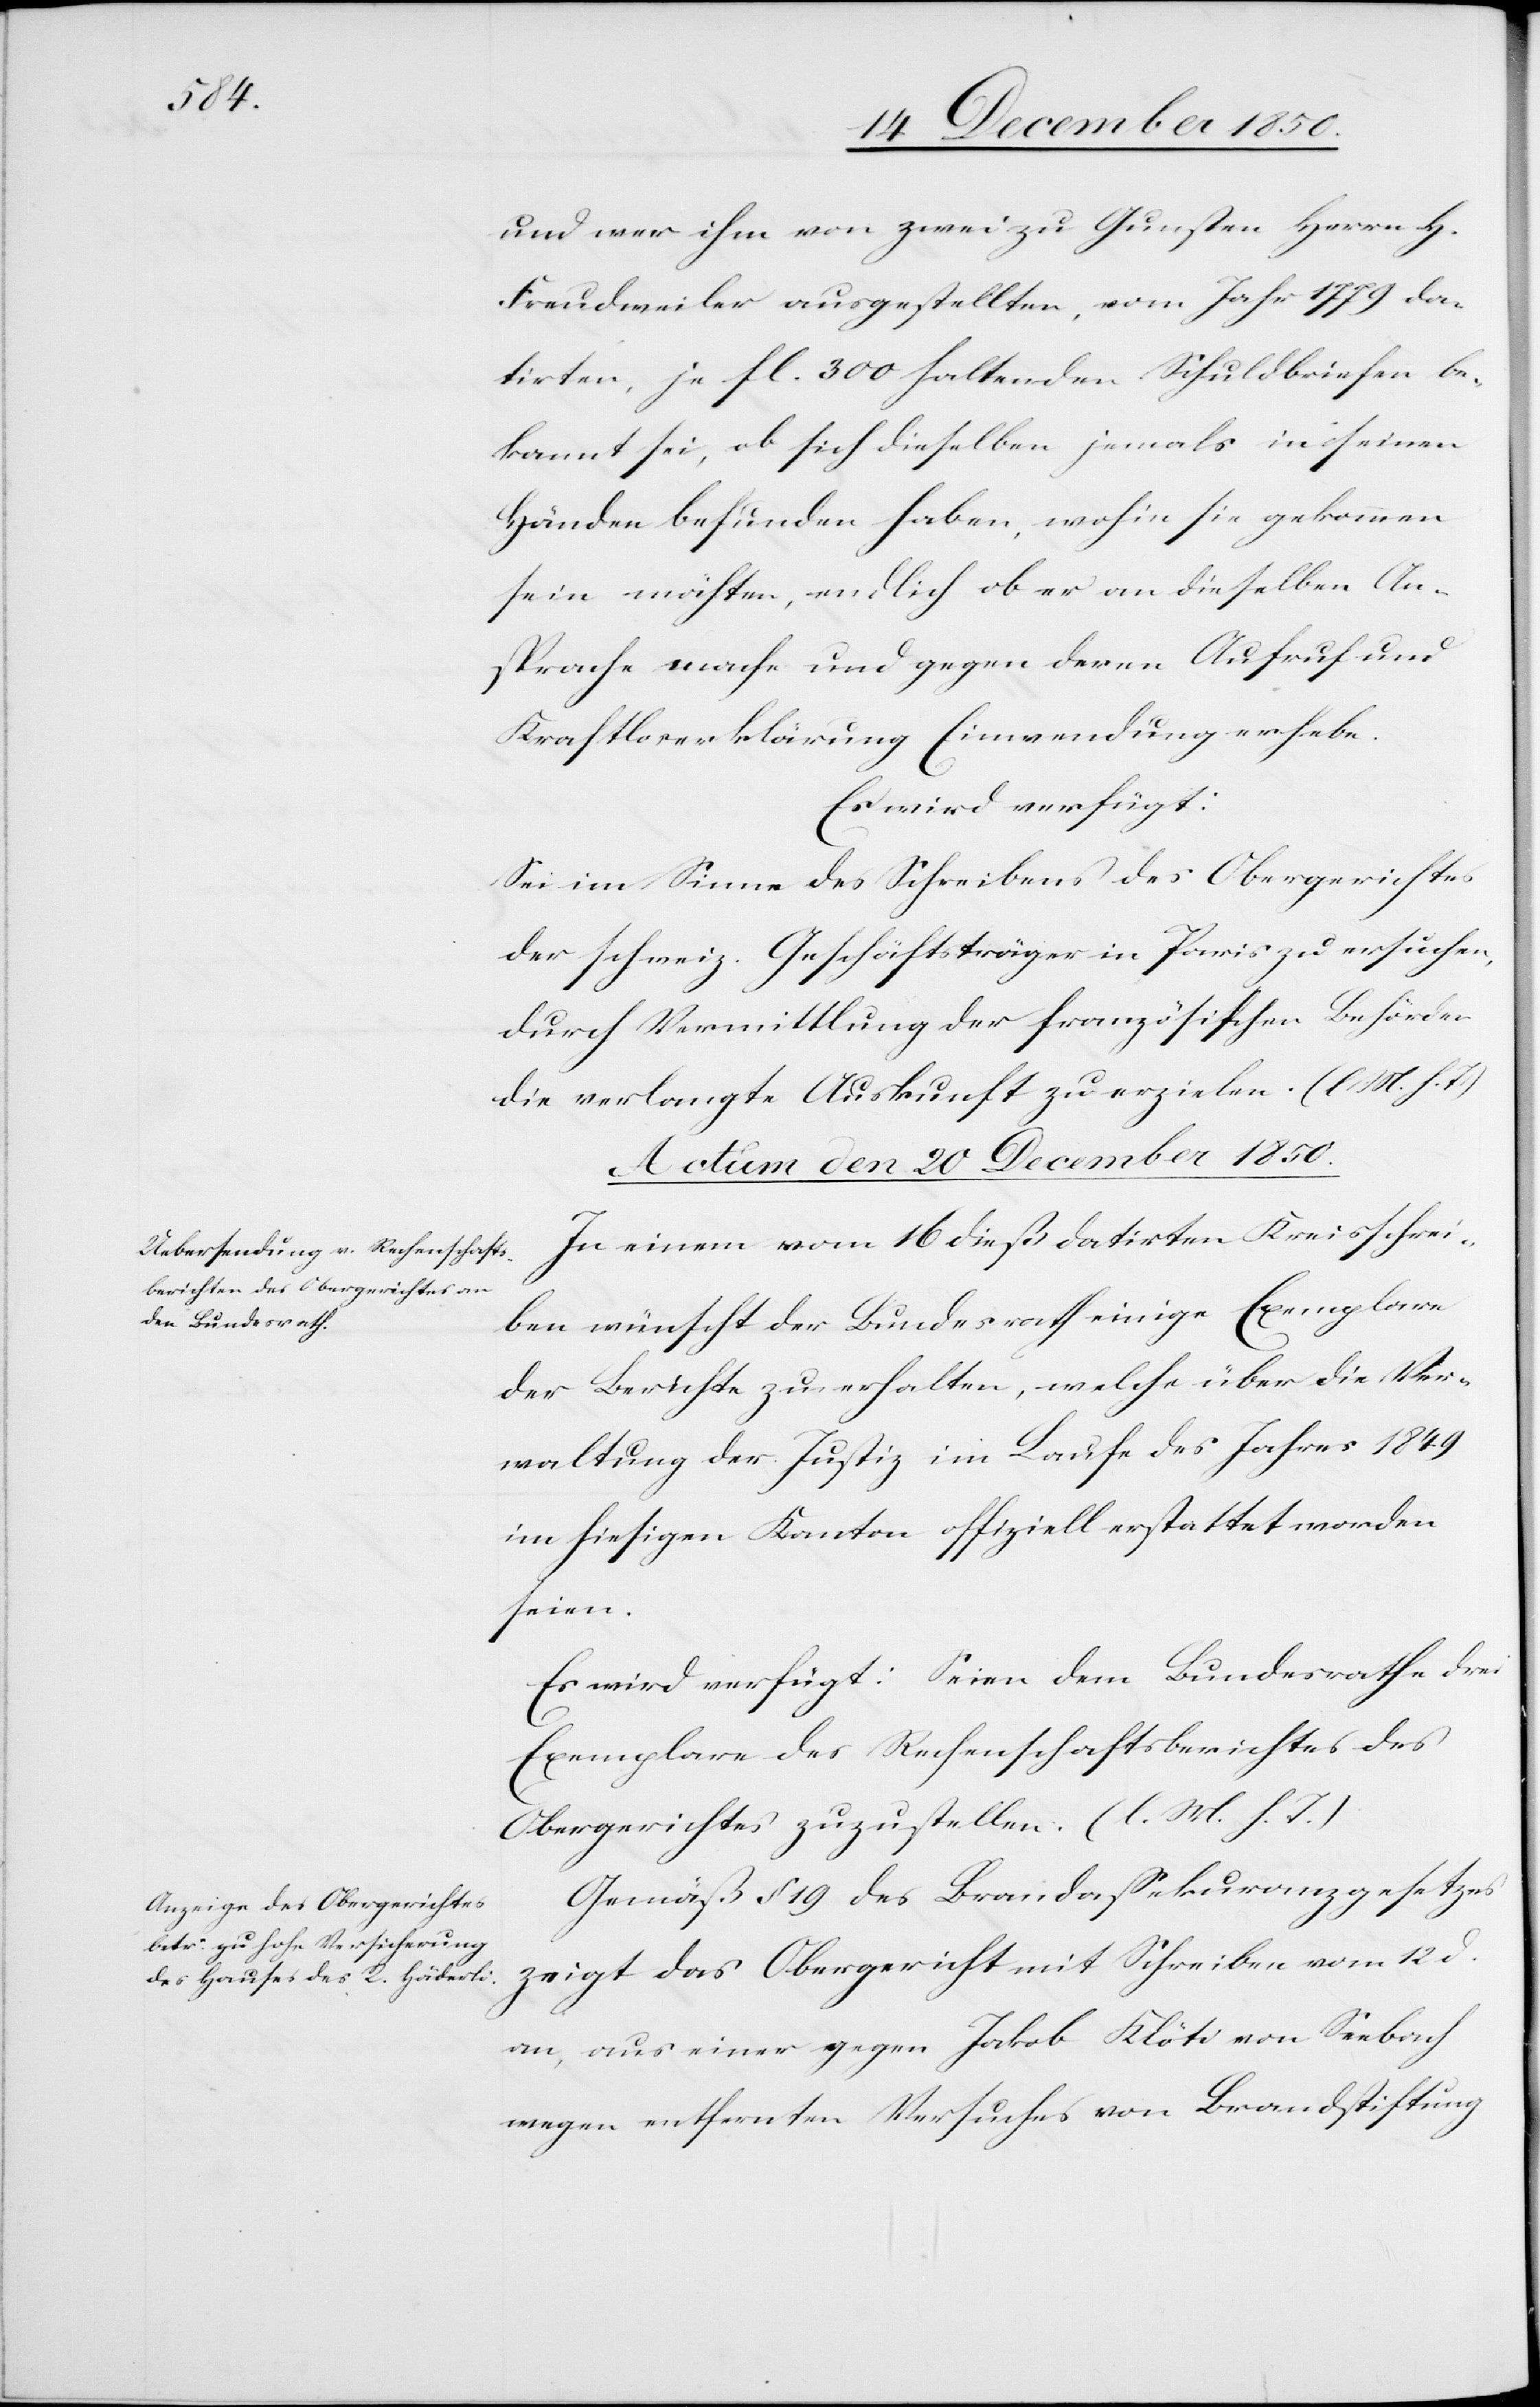
und wer ihm von zwei zu Gunsten Herrn H.
Freudweiler ausgestellten, vom Jahr 1779 da¬
tirten, je fl. 300 haltenden Schuldbriefen be¬
kannt sei, ob sich dieselben jemals in seinen
Händen befunden haben, wohin sie gekommen
sein möchten, endlich ob er an dieselben An¬
sprache mache und gegen deren Aufruf und
Kraftloserklärung Einwendung erhebe.
Es wird verfügt:
Sei im Sinne des Schreibens des Obergerichtes
der schweiz. Geschäftsträger in Paris zu ersuchen,
durch Vermittlung der französischen Behörden
die verlangte Auskunft zu erzielen. (l. M. h. T.)
Actum den 20 December 1850.]
In einem vom 16 dieß datirten Kreisschrei¬
ben wünscht der Bundesrath einige Exemplare
der Berichte zu erhalten, welche über die Ver¬
waltung der Justiz im Laufe des Jahres 1849
im hiesigen Kantone offiziell erstattet worden
seien.
Es wird verfügt: Seien dem Bundesrathe drei
Exemplare des Rechenschaftsberichtes des
Obergerichtes zuzustellen. (l. M. h. T.)
Gemäß § 19 des Brandassekuranzgesetzes
zeigt das Obergericht mit Schreiben vom 12 d.
an, aus einer gegen Jakob Klöti von Seebach
wegen entfernten Versuches von Brandstiftung